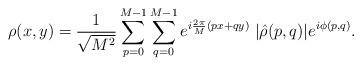
LaTeX: \begin{align*}\rho(x,y)=\frac{1}{\sqrt{M^2}}\sum_{p=0}^{M-1} \sum_{q=0}^{M-1}e^{i\frac{2\pi}{M}(px+qy)}\;|\hat{\rho}(p,q)|e^{i\phi(p,q)}.\end{align*}